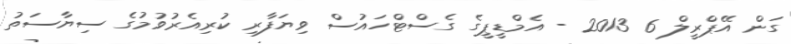
ގަން އޭޕްރީލް 6 2013 - އެމްޑީޕީގެ ގެސްޓްހައުސް ވިޔަފާރި ކުރިއެރުވުމުގެ ސިޔާސަތު